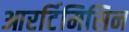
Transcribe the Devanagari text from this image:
आरर्टिमिसिन